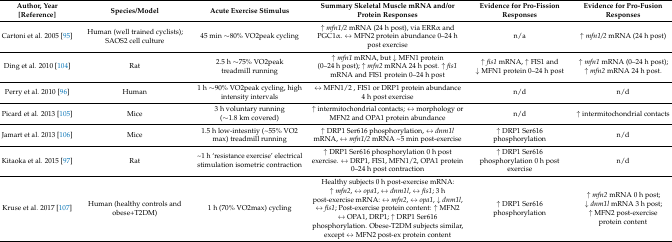
<table><thead><tr><td><b>Author, Year [Reference]</b></td><td><b>Species/Model</b></td><td><b>Acute Exercise Stimulus</b></td><td><b>Summary Skeletal Muscle mRNA and/or Protein Responses</b></td><td><b>Evidence for Pro-Fission Responses</b></td><td><b>Evidence for Pro-Fusion Responses</b></td></tr></thead><tbody><tr><td>Cartoni et al. 2005 [95]</td><td>Human (well trained cyclists); SAOS2 cell culture</td><td>45 min ∼80% VO2peak cycling</td><td>↑ <i>mfn1/2</i> mRNA (24 h post), via ERRα and PGC1α. ↔ MFN2 protein abundance 0–24 h post exercise</td><td>n/a</td><td>↑ <i>mfn1/2</i> mRNA (24 h post)</td></tr><tr><td>Ding et al. 2010 [104]</td><td>Rat</td><td>2.5 h ∼75% VO2peak treadmill running</td><td>↑ <i>mfn1</i> mRNA, but ↓ MFN1 protein (0–24 h post); ↑ <i>mfn2</i> mRNA 24 h post. ↑ <i>fis1</i> mRNA and FIS1 protein 0–24 h post</td><td>↑ <i>fis1</i> mRNA, ↑ FIS1 and ↓ MFN1 protein 0–24 h post</td><td>↑ <i>mfn1</i> mRNA (0–24 h post); ↑ <i>mfn2</i> mRNA 24 h post.</td></tr><tr><td>Perry et al. 2010 [96]</td><td>Human</td><td>1 h ∼90% VO2peak cycling, high intensity intervals</td><td>↔ MFN1/2 , FIS1 or DRP1 protein abundance 4 h post exercise</td><td>n/d</td><td>n/d</td></tr><tr><td>Picard et al. 2013 [105]</td><td>Mice</td><td>3 h voluntary running (∼1.8 km covered)</td><td>↑ intermitochondrial contacts; ↔ morphology or MFN2 and OPA1 protein abundance</td><td>n/d</td><td>↑ intermitochondrial contacts</td></tr><tr><td>Jamart et al. 2013 [106]</td><td>Mice</td><td>1.5 h low-intesntiy (~55% VO2 max) treadmill running</td><td>↑ DRP1 Ser616 phosphorylation, ↔ <i>dnm1l</i> mRNA, ↔ <i>mfn1/2</i> mRNA ~5 min post-exercise</td><td>↑ DRP1 Ser616 phosphorylation</td><td>n/d</td></tr><tr><td>Kitaoka et al. 2015 [97]</td><td>Rat</td><td>~1 h ‘resistance exercise’ electrical stimulation isometric contraction</td><td>↑ DRP1 Ser616 phosphorylation 0 h post exercise. ↔ DRP1, FIS1, MFN1/2, OPA1 protein 0–24 h post contraction</td><td>↑ DRP1 Ser616 phosphorylation 0 h post exercise</td><td>n/d</td></tr><tr><td>Kruse et al. 2017 [107]</td><td>Human (healthy controls and obese+T2DM)</td><td>1 h (70% VO2max) cycling</td><td>Healthy subjects 0 h post-exercise mRNA: ↑ <i>mfn2</i>, ↔ <i>opa1</i>, ↔ <i>dnm1l</i>, ↔ <i>fis1</i>; 3 h post-exercise mRNA: ↔ <i>mfn2</i>, ↔ <i>opa1</i>, ↓ <i>dnm1l</i>, ↔ <i>fis1</i>; Post-exercise protein content: ↑ MFN2 ↔ OPA1, DRP1; ↑ DRP1 Ser616 phosphorylation. Obese-T2DM subjects similar, except ↔ MFN2 post-ex protein content</td><td>↑ DRP1 Ser616 phosphorylation</td><td>↑ <i>mfn2</i> mRNA 0 h post; ↓ <i>dnm1l</i> mRNA 3 h post; ↑ MFN2 post-exercise protein content</td></tr></tbody></table>